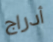
أدراج